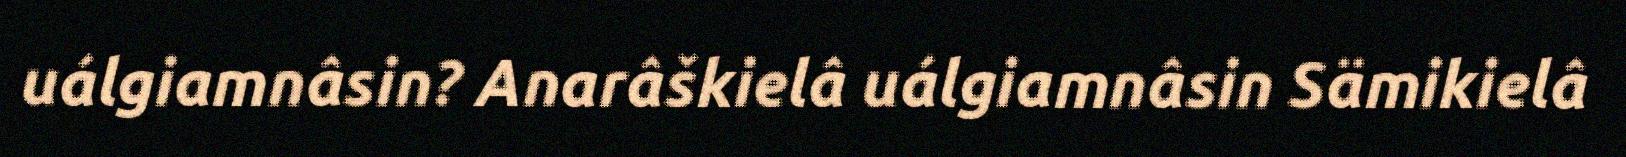
uálgiamnâsin? Anarâškielâ uálgiamnâsin Sämikielâ